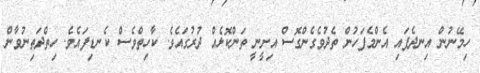
ހިމޭނުން އިނދެފައި އެންމެފަހުން ތެދުވެގެންގޮސް އިށީނީ ތަންކޮޅެއް ދުރުގައެވެ. ކާހިތްވެސް ކެނޑިފައެވެ. ހިތްދަތިނުވާން